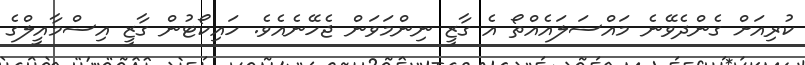
ކުރިއަށް ގެންދެވޭނެ މައްސަލައެއްތޯ އެ ގާޒީ ނިންމަވަން ޖެހޭނެއެވެ. ހައިކޯޓުން ގާޒީ އިސްމާއީލްގެ